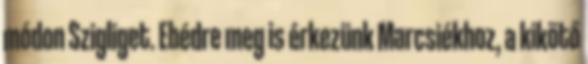
módon Szigliget. Ebédre meg is érkezünk Marcsiékhoz, a kikötő